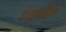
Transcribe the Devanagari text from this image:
पंचायतींच्या